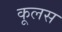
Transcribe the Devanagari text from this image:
कूलस